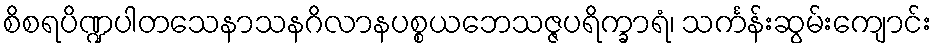
စိစရပိဏ္ဍပါတသေနာသနဂိလာနပစ္စယဘေသဇ္ဇပရိက္ခာရံ၊ သင်္ကန်းဆွမ်းကျောင်း